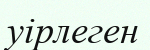
уірлеген